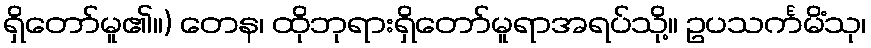
ရှိတော်မူ၏။) တေန၊ ထိုဘုရားရှိတော်မူရာအရပ်သို့။ ဥပသင်္ကမိံသု၊